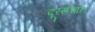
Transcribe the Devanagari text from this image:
दूरसंचार।